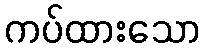
ကပ်ထားသော